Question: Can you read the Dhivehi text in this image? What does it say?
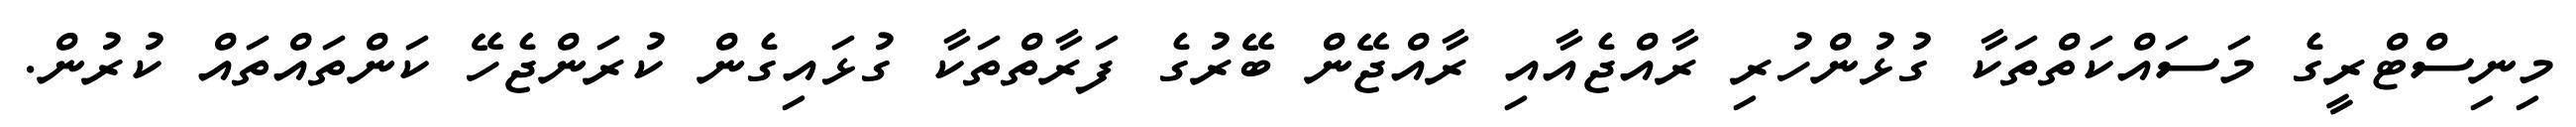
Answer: މިނިސްޓްރީގެ މަސައްކަތްތަކާ ގުޅުންހުރި ރާއްޖެއާއި ރާއްޖޭން ބޭރުގެ ފަރާތްތަކާ ގުޅައިގެން ކުރަންޖެހޭ ކަންތައްތައް ކުރުން.